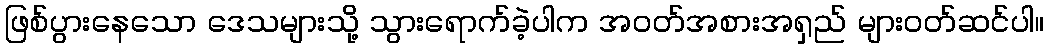
ဖြစ်ပွားနေသော ဒေသများသို့ သွားရောက်ခဲ့ပါက အဝတ်အစားအရှည် များဝတ်ဆင်ပါ။